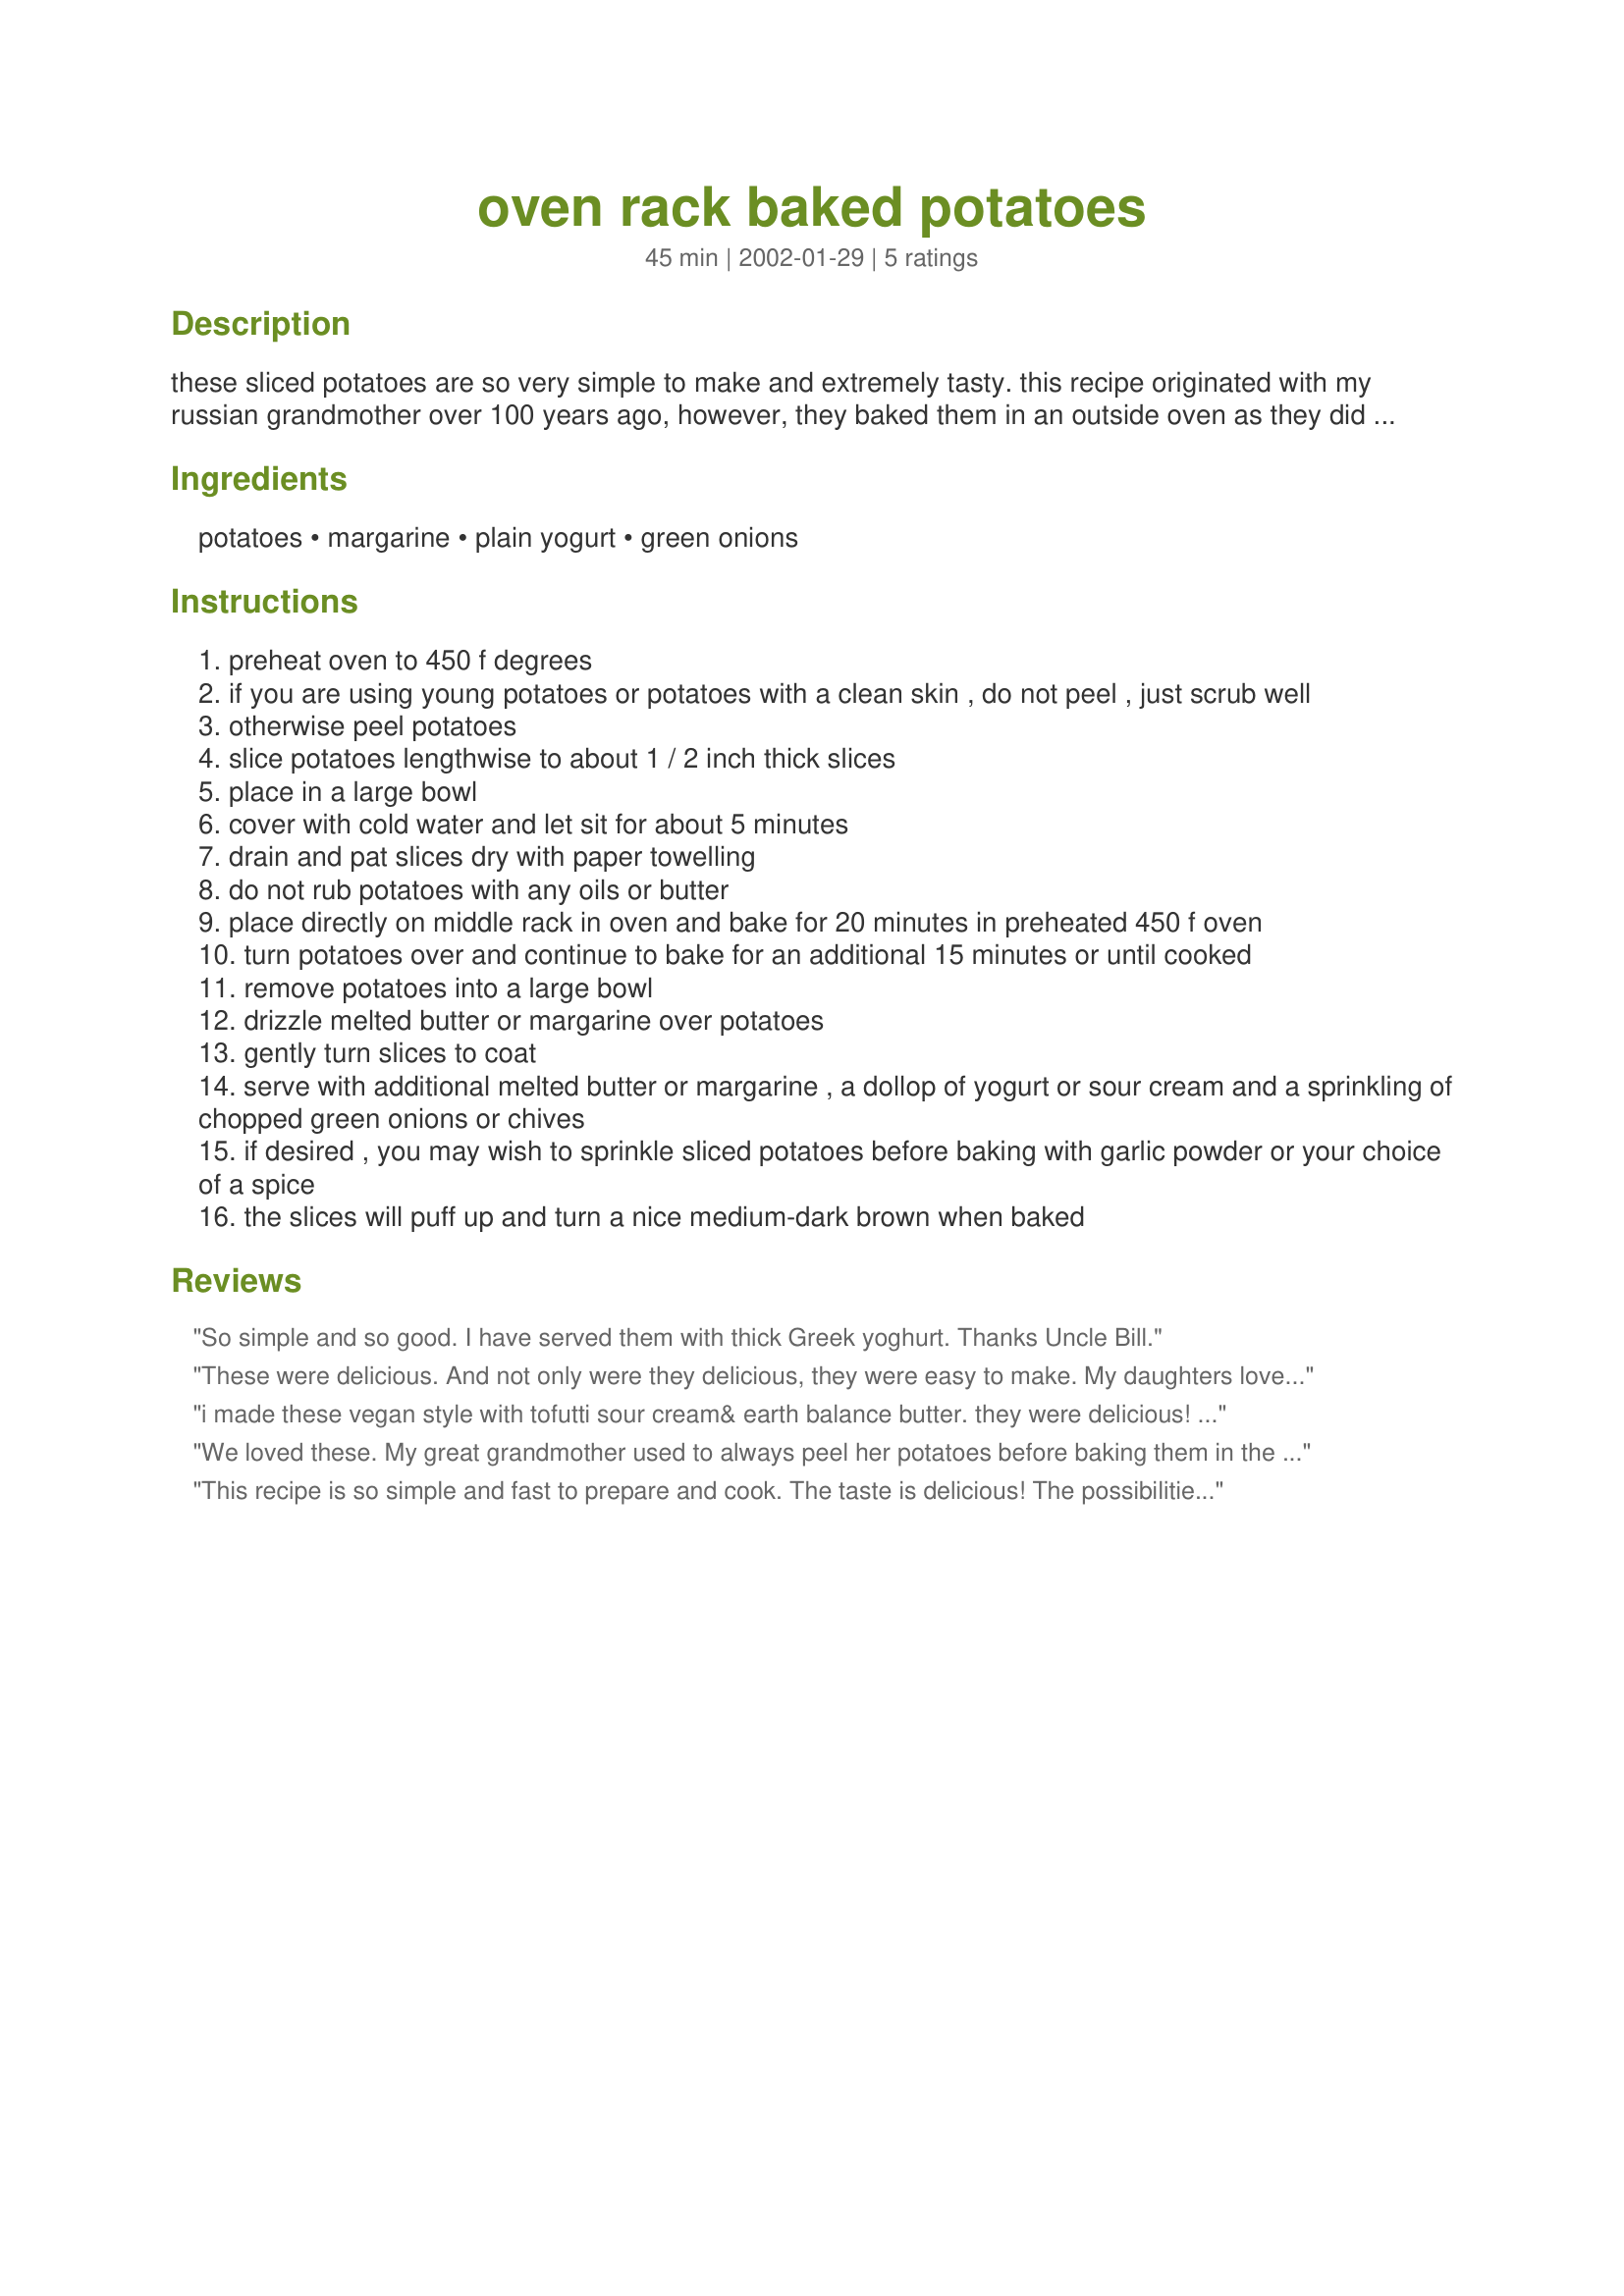
oven rack baked potatoes
Preparation time: 45 minutes

these sliced potatoes are so very simple to make and extremely tasty. this recipe originated with my russian grandmother over 100 years ago, however, they baked them in an outside oven as they did not have the modern facilities of today.

Ingredients:
potatoes, margarine, plain yogurt, green onions

Steps:
preheat oven to 450 f degrees
if you are using young potatoes or potatoes with a clean skin , do not peel , just scrub well
otherwise peel potatoes
slice potatoes lengthwise to about 1 / 2 inch thick slices
place in a large bowl
cover with cold water and let sit for about 5 minutes
drain and pat slices dry with paper towelling
do not rub potatoes with any oils or butter
place directly on middle rack in oven and bake for 20 minutes in preheated 450 f oven
turn potatoes over and continue to bake for an additional 15 minutes or until cooked
remove potatoes into a large bowl
drizzle melted butter or margarine over potatoes
gently turn slices to coat
serve with additional melted butter or margarine , a dollop of yogurt or sour cream and a sprinkling of chopped green onions or chives
if desired , you may wish to sprinkle sliced potatoes before baking with garlic powder or your choice of a spice
the slices will puff up and turn a nice medium-dark brown when baked

Reviews:
So simple and so good. I have served them with thick Greek yoghurt.
Thanks Uncle Bill.
These were delicious. And not only were they delicious, they were easy to make. My daughters loved them... that says alot! Thanks Uncle Bill
i made these vegan style with tofutti sour cream& earth balance butter. they were delicious! thanks so much for a great recipe!
We loved these. My great grandmother used to always peel her potatoes before baking them in the oven, but this recipe gives them more pizazz with the butter, sour cream and chives. It took exactly 35 minutes to bake, not a minute longer. I also used Russet potatoes, peeled. Thanks for posting; I will be making these again and again.
This recipe is so simple and fast to prepare and cook. The taste is delicious! The possibilities are endless! I was the only one eating so I just fixed one potato, which I peeled and sliced. I baked it about 30 minutes, turning after 20 minutes. Then I drizzled them with butter as per Uncle Bill's well written instructions. After laying potato slices on the plate I sprinkled them with a little garlic salt, added a dollop of sour cream in the middle, sprinkled all of it with paprika and cheddar cheese. These were absolutely delicious! I recommend that you give them a try. Thank you so much for another recipe to add to my Permanent Cookbook Uncle Bill!
